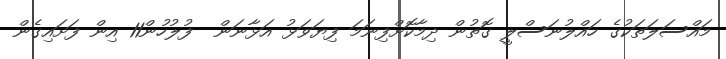
މައްސަލަތަކުގެ ހައްލުނަސްލީ ގޮތުން ދިމާކޮށްފިނަމަ ފިޔަވަޅު އަޅާނަން  ފުލުހުން11 އިން ފަށައިގެން